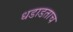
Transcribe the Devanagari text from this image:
धडाडताच